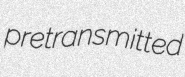
pretransmitted